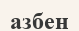
азбен